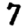
Digit: 7